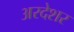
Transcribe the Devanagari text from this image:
अरदेशर